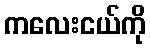
ကလေးငယ်ကို